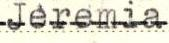
Jeremia